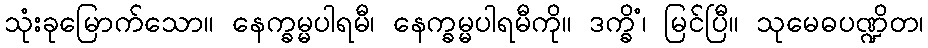
သုံးခုမြောက်သော။ နေက္ခမ္မပါရမီ၊ နေက္ခမ္မပါရမီကို။ ဒက္ခိံ၊ မြင်ပြီ။ သုမေဓပဏ္ဍိတ၊